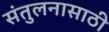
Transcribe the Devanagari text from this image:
संतुलनासाठी